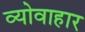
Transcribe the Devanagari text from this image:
व्योवाहार